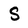
Character: S